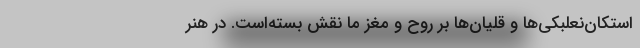
استکان‌نعلبکی‌‌ها و قلیان‌ها بر روح و مغز ما نقش بسته‌است. در هنر